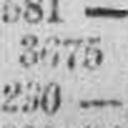
230 —